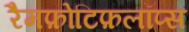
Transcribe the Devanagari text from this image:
रैमफ़ोटिफ़लॉप्स